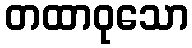
တထာဝုသော